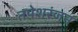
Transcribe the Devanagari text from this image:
तपेशरंजन